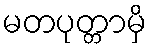
မတပုတ္တာမှိ